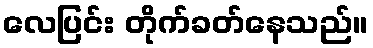
လေပြင်း တိုက်ခတ်နေသည်။